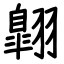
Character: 翺